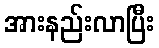
အားနည်းလာပြီး